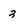
Character: 3